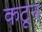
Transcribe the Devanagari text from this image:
कटून